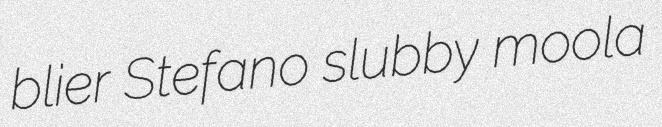
blier Stefano slubby moola